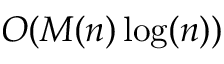
O ( M ( n ) \log ( n ) )